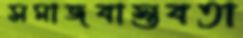
সমাজবাস্তবতা